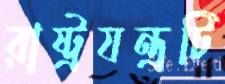
রাষ্ট্রযন্ত্রটি